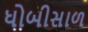
ધોબીસાળ